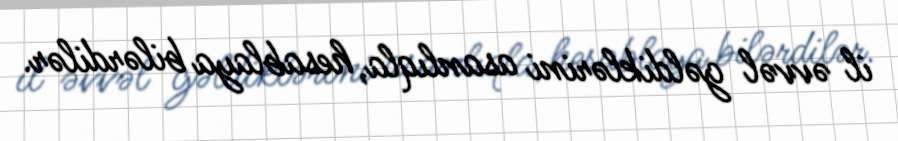
il əvvəl gəldiklərini asanlıqla, hesablaya bilərdilər.